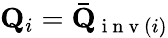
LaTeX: \mathbf{Q}_{i}=\mathbf{\bar{Q}}_{\mathrm{~i~n~v~}(i)}